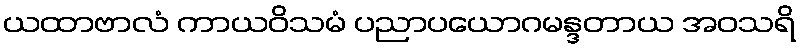
ယထာဗာလံ ကာယဝိသမံ ပညာပယောဂမန္ဒတာယ အဝသရိ